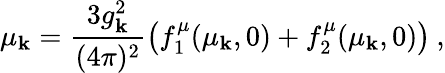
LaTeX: \mu_{\mathbf{k}}=\frac{{3g_{\mathbf{k}}^{2}}}{{(4\pi)^{2}}}\left(f_{1}^{\mu}(\mu_{\mathbf{k}},0)+f_{2}^{\mu}(\mu_{\mathbf{k}},0)\right)\: ,